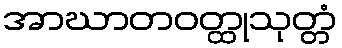
အာဃာတဝတ္ထုသုတ္တံ